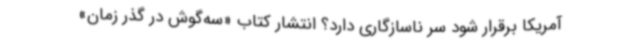
آمریکا برقرار شود سر ناسازگاری دارد؟ انتشار کتاب «سه‌گوش در گذر زمان»